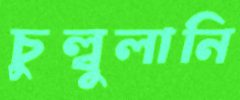
চুল্‌বুলানি